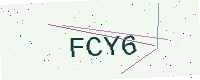
Text: FCY6